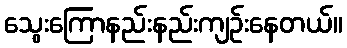
သွေးကြောနည်းနည်းကျဉ်းနေတယ်။